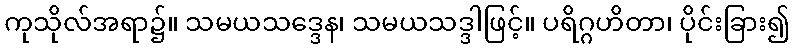
ကုသိုလ်အရာ၌။ သမယသဒ္ဒေန၊ သမယသဒ္ဒါဖြင့်။ ပရိဂ္ဂဟိတာ၊ ပိုင်းခြား၍